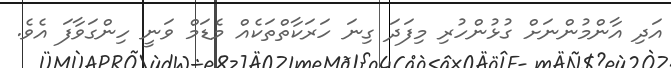
އަދި އާންމުންނަށް ގުޅުންހުރި މިފަދަ ގިނަ ހަރަކާތްތަކެއް މެޑަމް ވަނީ ހިންގަވާފަ އެވެ.